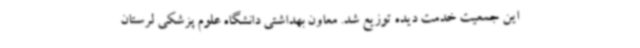
این جمعیت خدمت دیده توزیع شد. معاون بهداشتی دانشگاه علوم پزشکی لرستان